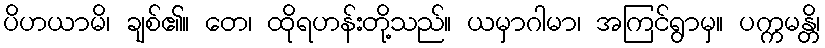
ပိဟယာမိ၊ ချစ်၏။ တေ၊ ထိုရဟန်းတို့သည်။ ယမှာဂါမာ၊ အကြင်ရွာမှ။ ပက္ကမန္တိ၊